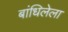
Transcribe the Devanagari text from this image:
बांधिलेला